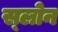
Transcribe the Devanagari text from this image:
स्‍लोन